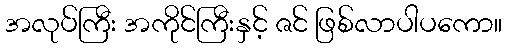
အလုပ်ကြီး အကိုင်ကြီးနှင့် ဇင် ဖြစ်လာပါပကော။